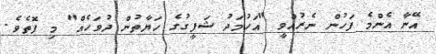
އޭނާ އެންމެ ފަހުން ނެރުއްވީ "އަހުމަދު ޝަފީގުގެ ހަޔާތުން ދުވަހެއް" މި ފޮތެވެ.